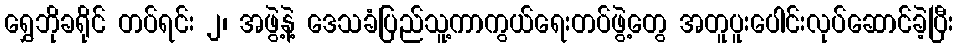
ရွှေဘိုခရိုင် တပ်ရင်း ၂၊ အဖွဲ့နဲ့ ဒေသခံပြည်သူ့ကာကွယ်ရေးတပ်ဖွဲ့တွေ အတူပူးပေါင်းလုပ်ဆောင်ခဲ့ပြီး